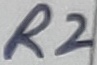
Text: R2